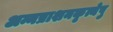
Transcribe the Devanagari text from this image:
अन्नप्राशनकृत्येषु